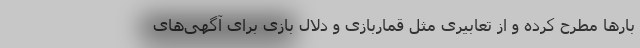
بارها مطرح کرده و از تعابیری مثل قماربازی و دلال بازی برای آگهی‌های